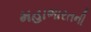
મહાભારતની